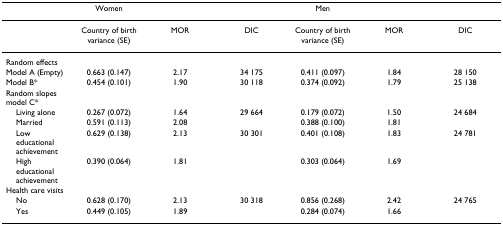
|  | Women |  |  | Men |  |  |
 | --- | --- | --- | --- | --- | --- | --- |
 |  | Country of birth variance (SE) | MOR | DIC | Country of birth variance (SE) | MOR | DIC |
 | Random effects |  |  |  |  |  |  |
 | Model A (Empty) | 0.663 (0.147) | 2.17 | 34 175 | 0.411 (0.097) | 1.84 | 28 150 |
 | Model B* | 0.454 (0.101) | 1.90 | 30 118 | 0.374 (0.092) | 1.79 | 25 138 |
 | Random slopes model C* |  |  |  |  |  |  |
 | Living alone | 0.267 (0.072) | 1.64 | 29 664 | 0.179 (0.072) | 1.50 | 24 684 |
 | Married | 0.591 (0.113) | 2.08 |  | 0.388 (0.100) | 1.81 |  |
 | Low educational achievement | 0.629 (0.138) | 2.13 | 30 301 | 0.401 (0.108) | 1.83 | 24 781 |
 | High educational achievement | 0.390 (0.064) | 1.81 |  | 0.303 (0.064) | 1.69 |  |
 | Health care visits |  |  |  |  |  |  |
 | No | 0.628 (0.170) | 2.13 | 30 318 | 0.856 (0.268) | 2.42 | 24 765 |
 | Yes | 0.449 (0.105) | 1.89 |  | 0.284 (0.074) | 1.66 |  |